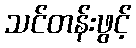
သင်တန်းဖွင့်